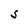
Character: S